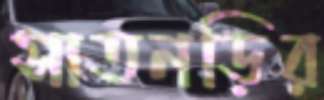
সাতনড়ির